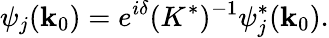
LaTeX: \psi_{j}({\mathbf k}_{0})=e^{i\delta}(K^{*})^{-1}\psi_{j}^{*}({\mathbf k}_{0}).